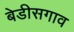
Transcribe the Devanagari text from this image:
बेडीसगाव